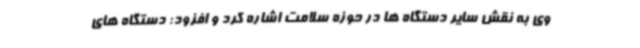
وی به نقش سایر دستگاه ها در حوزه سلامت اشاره کرد و افزود: دستگاه های